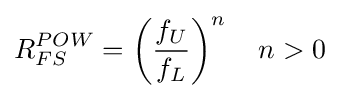
R_{FS}^{POW}=\left({\frac {f_{U}}{f_{L}}}\right)^{n}\quad n>0